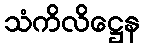
သံကိလိဋ္ဌေန